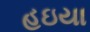
હઇયા